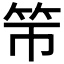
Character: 𰩯